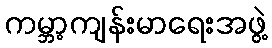
ကမ္ဘာ့ကျန်းမာရေးအဖွဲ့